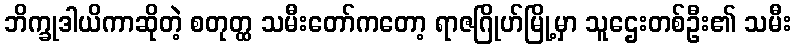
ဘိက္ခုဒါယိကာဆိုတဲ့ စတုတ္ထ သမီးတော်ကတော့ ရာဇဂြိုဟ်မြို့မှာ သူဌေးတစ်ဦး၏ သမီး